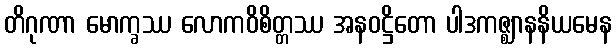
တိဂုဏာ မောက္ခဿ လောကဝိစိတ္တဿ အနဝဋ္ဌိတော ပါဒကဇ္ဈာနနိယမေန